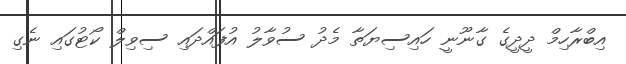
އިބްރާހިމް ދީދީގެ ގާނޫނީ ހައިސިޔަތާ މެދު ސުވާލު އުފައްދައި ސިވިލް ކޯޓުގައި ނެގި